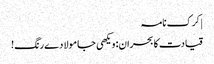
| کرک نامہ
قیادت کا بحران: ویکھی جا مولا دے رنگ!